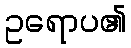
ဥရောပ၏